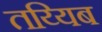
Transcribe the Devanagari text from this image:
तय्यिब